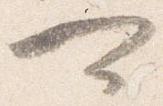
可